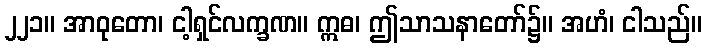
၂၂၁။ အာဝုတော၊ ငါ့ရှင်လက္ခဏ။ ဣဓ၊ ဤသာသနာတော်၌။ အဟံ၊ ငါသည်။